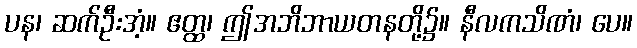
ပန၊ ဆက်ဦးအံ့။ ဧတ္ထ၊ ဤအဘိဘာယတနတို့၌။ နီလကသိဏံ၊ ပေ။